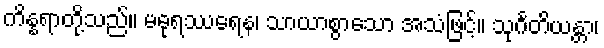
ကိန္နရာတို့သည်။ မဓုရဿရေန၊ သာယာစွာသော အသံဖြင့်။ သုင်္ဂတိယန္တာ၊